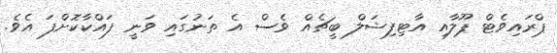
ޕްރައިވެޓް ޕޫލާއި އާޓިފިޝަލް ބީޗެއް ވެސް އެ ތަނުގައި ވަނީ ފައްކާކޮށްފަ އެވެ.